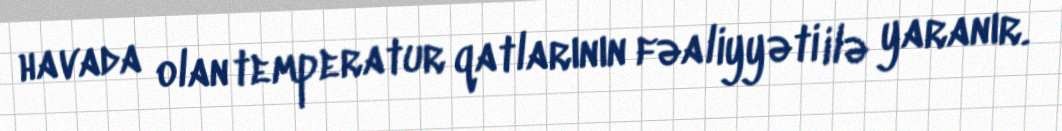
havada olan temperatur qatlarının fəaliyyəti ilə yaranır.